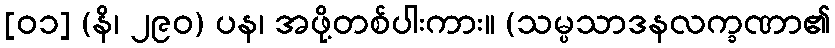
[၀၁] (နိ၊ ၂၉၀) ပန၊ အဖို့တစ်ပါးကား။ (သမ္ပသာဒနလက္ခဏာ၏